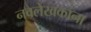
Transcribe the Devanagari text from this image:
नवलेखकांना